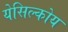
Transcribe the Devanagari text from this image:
येसिल्कोय